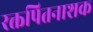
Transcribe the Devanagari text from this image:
रक्तपितनाशक